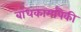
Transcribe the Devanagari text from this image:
बांधकामांपैकी